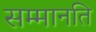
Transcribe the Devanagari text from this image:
सम्मानति